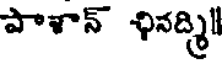
పాళాన్ ఛినద్మి